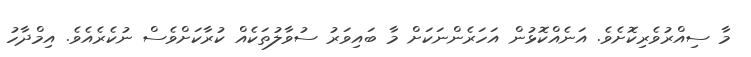
މާ ސިއްރުވެރިކޮށެވެ. އަނެއްކޮޅުން އަހަރެންނަކަށް މާ ބައިވަރު ސުވާލުތަކެއް ކުރާކަށްވެސް ނުކެރެއެވެ. އިމްދާހު